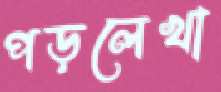
পড়লেখা